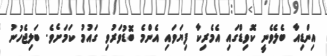
އިންޑިއާ ބެލެވެނީ ކޮވިޑްގައި އެމެރިކާ ފިޔަވައި އެންމެ ބޮޑުވަރުވި ގައުމު ކަމަށެވެ. ބަލިޖެހުނު